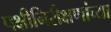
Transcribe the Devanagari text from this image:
पक्षीनिरीक्षणांच्या